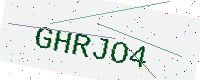
Text: GHRJO4